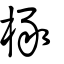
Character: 椓